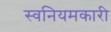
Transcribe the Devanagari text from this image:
स्वनियमकारी